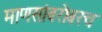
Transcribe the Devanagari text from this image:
माणसांबरोबरच